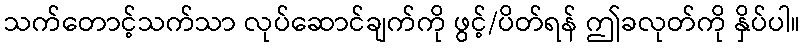
သက်တောင့်သက်သာ လုပ်ဆောင်ချက်ကို ဖွင့်/ပိတ်ရန် ဤခလုတ်ကို နှိပ်ပါ။